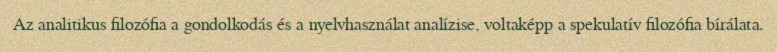
Az analitikus filozófia a gondolkodás és a nyelvhasználat analízise, voltaképp a spekulatív filozófia bírálata.